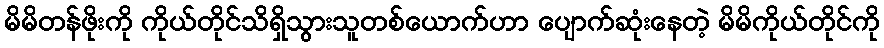
မိမိတန်ဖိုးကို ကိုယ်တိုင်သိရှိသွားသူတစ်ယောက်ဟာ ပျောက်ဆုံးနေတဲ့ မိမိကိုယ်တိုင်ကို